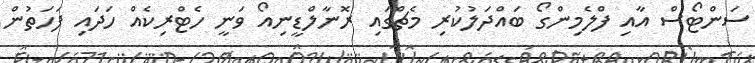
ސަންޓޯސް އާއި ފްލެމިންގޯ ބައްދަލުކުރި މެޗްގައި ރޮނާލްޑީނިއޯ ވަނީ ހެޓްރިކެއް ހަދައި ފަހަތުން